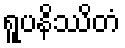
ရူပနိဿိတံ